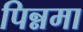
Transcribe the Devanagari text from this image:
पिन्नमा